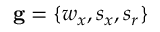
\mathbf { g } = \{ w _ { x } , s _ { x } , s _ { r } \}